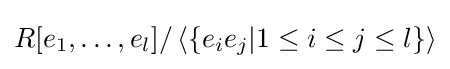
R[e_{1},\ldots ,e_{l}]/\left\langle \{e_{i}e_{j}|1\leq i\leq j\leq l\}\right\rangle